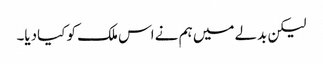
لیکن بدلے میں ہم نے اس ملک کو کیادیا۔